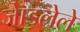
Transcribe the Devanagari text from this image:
जेाडलेले